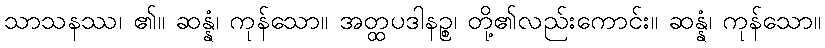
သာသနဿ၊ ၏။ ဆန္နံ၊ ကုန်သော။ အတ္ထပဒါနဉ္စ၊ တို့၏လည်းကောင်း။ ဆန္နံ၊ ကုန်သော။